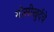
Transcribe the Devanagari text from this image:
गोसीखुर्दचे